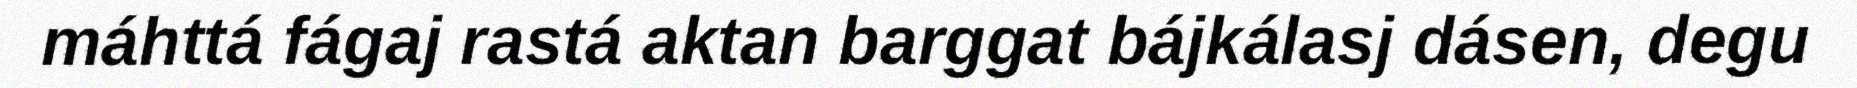
máhttá fágaj rastá aktan barggat bájkálasj dásen, degu